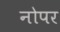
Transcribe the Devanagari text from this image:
नोपर